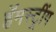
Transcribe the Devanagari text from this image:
हॅमस्ट्रींग